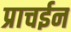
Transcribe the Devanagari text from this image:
प्राचईन